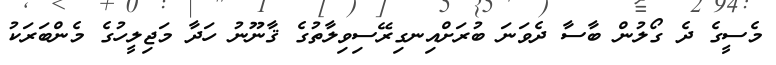
މެސީގެ ދެ ގޯލުން ބާސާ ދެވަނަ ބުރަށްއިނގިރޭސިވިލާތުގެ ޤާނޫނު ހަދާ މަޖިލީހުގެ މެންބަރަކު